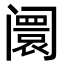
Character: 阛